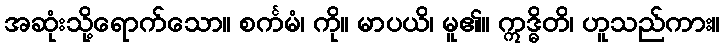
အဆုံးသို့ရောက်သော။ စင်္ကမံ၊ ကို။ မာပယိ၊ မူ၏။ ဣဒ္ဓိတိ၊ ဟူသည်ကား။